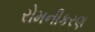
રોમનીકરણ